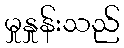
မှုနှုန်းသည်